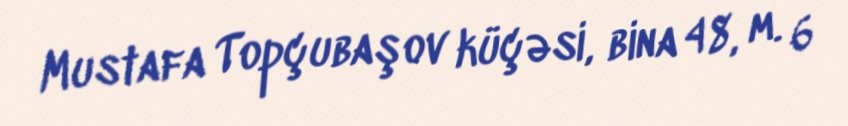
Mustafa Topçubaşov küçəsi, bina 48, m. 6